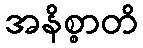
အနိစ္စာတိ